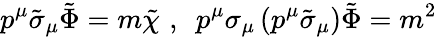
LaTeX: p^{\mu}\tilde{\sigma}_{\mu}\tilde{\Phi}=m\tilde{\chi}\, \, ,\, \, \, p^{\mu}\sigma_{\mu}\left(p^{\mu}\tilde{\sigma}_{\mu}\right)\tilde{\Phi}=m^{2}